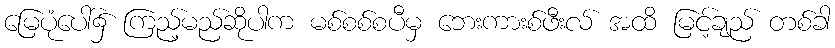
မြေပုံပေါ်၌ ကြည့်မည်ဆိုပါက မစ်စစ်စပီမှ ဘေးကားစ်ဖီးလ် အထိ မြင့်ချည် တစ်ခါ